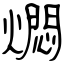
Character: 燜